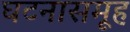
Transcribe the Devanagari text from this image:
घटनासमूह